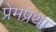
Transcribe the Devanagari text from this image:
प्रेमप्रथा